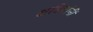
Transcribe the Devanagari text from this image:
क्षत्रियांनीं